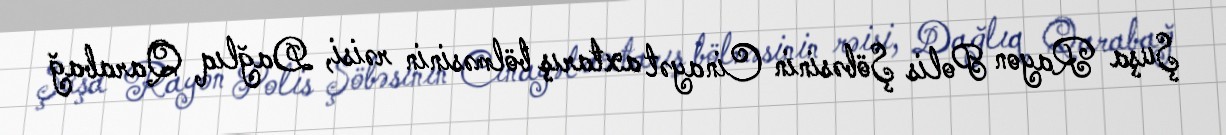
Şuşa Rayon Polis Şöbəsinin Cinayət axtarış bölməsinin rəisi, Dağlıq Qarabağ